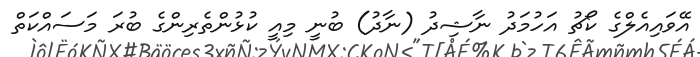
އޭވައިއެލްގެ ކޯޗު އަހުމަދު ނާޝިދު (ނާދު) ބުނީ މިއީ ކުޅުންތެރިންގެ ބުރަ މަސައްކަތް